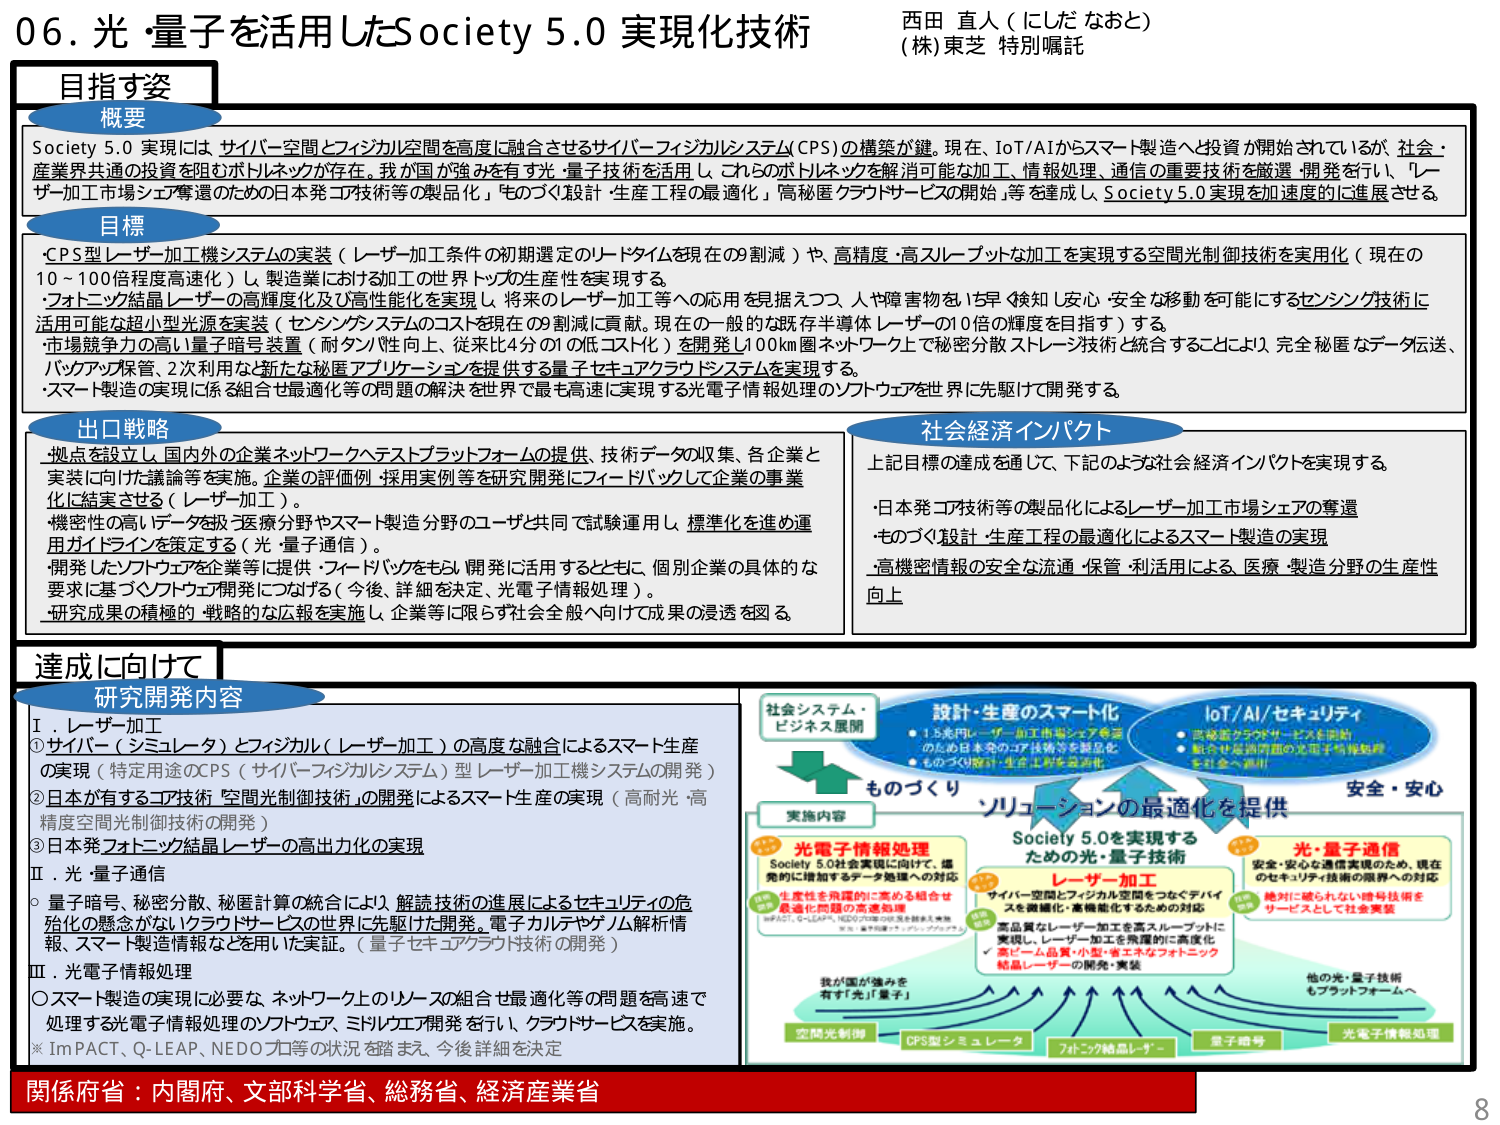
06. 光・量子を活用したSociety 5.0 実現化技術
西田 直人（にしだ なおと）
(株) 東芝 特別嘱託

目指す姿
概要
Society 5.0 実現には サイバー空間とフィジカル空間を高度に融合させるサイバー・フィジカルシステム（CPS）の構築が鍵。現在、IoT/AIからスマート製造へと投資が開始されているが、社会・産業界共通の投資を阻むボトルネックが存在。我が国が強みを有す光・量子技術を活用し、これらのボトルネックを解消可能な加工、情報処理、通信の重要技術を厳選・開発を行い、「レーザー加工市場シェア奪還のための日本発コア技術等の製品化」「ものづくり設計・生産工程の最適化」「高秘匿クラウドサービスの開始」等を達成し、Society 5.0 実現を加速度的に進展させる。

目標
・CPS型レーザー加工機システムの実装（レーザー加工条件の初期選定のリードタイムを現在の9割減）や、高精度・高スループットな加工を実現する空間光制御技術を実用化（現在の10～100倍程度高速化）し、製造業における加工の世界トップ生産性を実現する。
・フォトニック結晶レーザーの高輝度化及び高性能化を実現し、将来のレーザー加工等への応用を見据えつつ、人や障害物をいち早く検知し安心・安全な移動を可能にするセンシング技術に活用可能な超小型光光源を実装（センシングシステムのコストを現在の9割減に貢献。現在の一般的な既存レーザーの10倍の輝度を目指す）する。
・市場競争力の高い量子暗号装置（耐タンパ性向上、従来比4分の1の低コスト化）を開発し、100km圏ネットワーク上で秘密分散ストレージ技術と統合することにより、完全秘匿なデータ伝送、バックアップ保管、2次利用など新たな秘匿アプリケーションを提供する量子セキュアクラウドシステムを実現する。
・スマート製造の実現に係る組合せ最適化等の問題の解決を世界で最も高速に実現する光電子情報処理のソフトウェアを世界に先駆けて開発する。

出口戦略
・拠点を設立し、国内外の企業ネットワークへテストプラットフォームの提供、技術データの収集、各企業と実装に向けた議論等を実施。企業の評価例・採用実例等を研究開発にフィードバックして企業の事業化に結実させる（レーザー加工）。
・機密性の高いデータを扱う医療分野やスマート製造分野のユーザと共同で試験運用し、標準化を進め運用ガイドラインを策定する（光・量子通信）。
・開発したソフトウェアを企業等に提供・フィードバックをもらい開発に活用するとともに、個別企業の具体的な要求に基づくソフトウェア開発につなげる（今後、詳細を決定、光電子情報処理）。
・研究成果の積極的・戦略的な広報を実施し、企業等に限らず社会全般へ向けて成果の浸透を図る。

社会経済インパクト
上記目標の達成を通じて、下記のような社会経済インパクトを実現する。
・日本発コア技術等の製品化によるレーザー加工市場シェアの奪還
・ものづくり設計・生産工程の最適化によるスマート製造の実現
・高機密情報の安全な流通・保管・利活用による、医療・製造分野の生産性向上

達成に向けて
研究開発内容
Ⅰ．レーザー加工
① サイバー（シミュレータ）とフィジカル（レーザー加工）の高度な融合によるスマート生産の実現（特定用途のCPS（サイバー・フィジカルシステム）型レーザー加工機システムの開発）
② 日本が有するコア技術「空間光制御技術」の開発によるスマート生産の実現（高耐光・高精度空間光制御技術の開発）
③ 日本発フォトニック結晶レーザーの高出力化の実現

Ⅱ．光・量子通信
○ 量子暗号、秘密分散、秘匿計算の統合により、解読技術の進展によるセキュリティの危殆化の懸念がないクラウドサービスの世界に先駆けた開発。電子カルテやゲノム解析情報、スマート製造情報などを用いた実証。（量子セキュアクラウド技術の開発）

Ⅲ．光電子情報処理
○ スマート製造の実現に必要な、ネットワーク上のリソースの組合せ最適化等の問題を高速で処理する光電子情報処理のソフトウェア、ミドルウェア開発を行い、クラウドサービスを実施。
※ ImPACT、Q-LEAP、NEDO プロ等の状況を踏まえ、今後詳細を決定

社会システム・ビジネス展開
設計・生産のスマート化
・1.5兆円レーザー加工市場シェア奪還のため日本発コア技術等を製品化
・ものづくり設計・生産工程を最適化

IoT/AI/セキュリティ
・高機密クラウドサービスを開始
・組合せ最適問題の光電子情報処理を社会へ適用

安全・安心

実施内容
光電子情報処理
Society 5.0社会実現に向けて、爆発的に増加するデータ処理への対応
生産性を飛躍的に高める組合せ最適化問題の高速処理
ImPACT、Q-LEAP、NEDOプロ等の状況を踏まえ実施
※今後詳細を決定（光電子情報処理）

Society 5.0を実現するための光・量子技術
レーザー加工
サイバー空間とフィジカル空間をつなぐデバイスを最適化・高機能化するための対応
高品質なレーザー加工を高スループットに実現し、レーザー加工を飛躍的に高度化
✓ 高ビーム品質・小型・省エネなフォトニック結晶レーザーの開発・実装

光・量子通信
安全・安心な通信実現のため、現在のセキュリティ技術の限界への対応
絶対に破られない暗号技術をサービスとして社会実装

ものづくり ソリューションの最適化を提供

我が国が強みを有す「光」「量子」
空間光制御
CPS型シミュレータ
フォトニック結晶レーザー
量子暗号
光電子情報処理

他の光・量子技術もプラットフォームへ

関係府省：内閣府、文部科学省、総務省、経済産業省
8